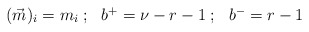
\begin{align*}\begin{array}{ccc}(\vec{m})_i=m_i\;; & b^+=\nu-r-1\;; & b^-=r-1\end{array}\end{align*}